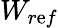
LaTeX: W_{r\mathrm{e}f}